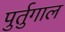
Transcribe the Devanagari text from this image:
पुर्तुगाल